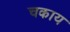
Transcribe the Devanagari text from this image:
चकाय